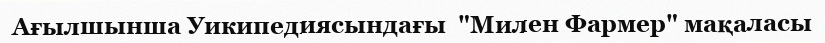
Ағылшынша Уикипедиясындағы  "Милен Фармер" мақаласы